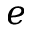
e